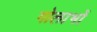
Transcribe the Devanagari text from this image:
गोलाभों